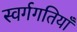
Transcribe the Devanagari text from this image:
स्वर्गगतियाँ